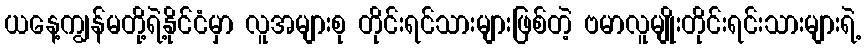
ယနေ့ကျွန်မတို့ရဲ့နိုင်ငံမှာ လူအများစု တိုင်းရင်သားများဖြစ်တဲ့ ဗမာလူမျိုးတိုင်းရင်းသားများရဲ့